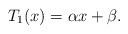
LaTeX: \begin{align*}T_1(x)=\alpha x+\beta.\end{align*}